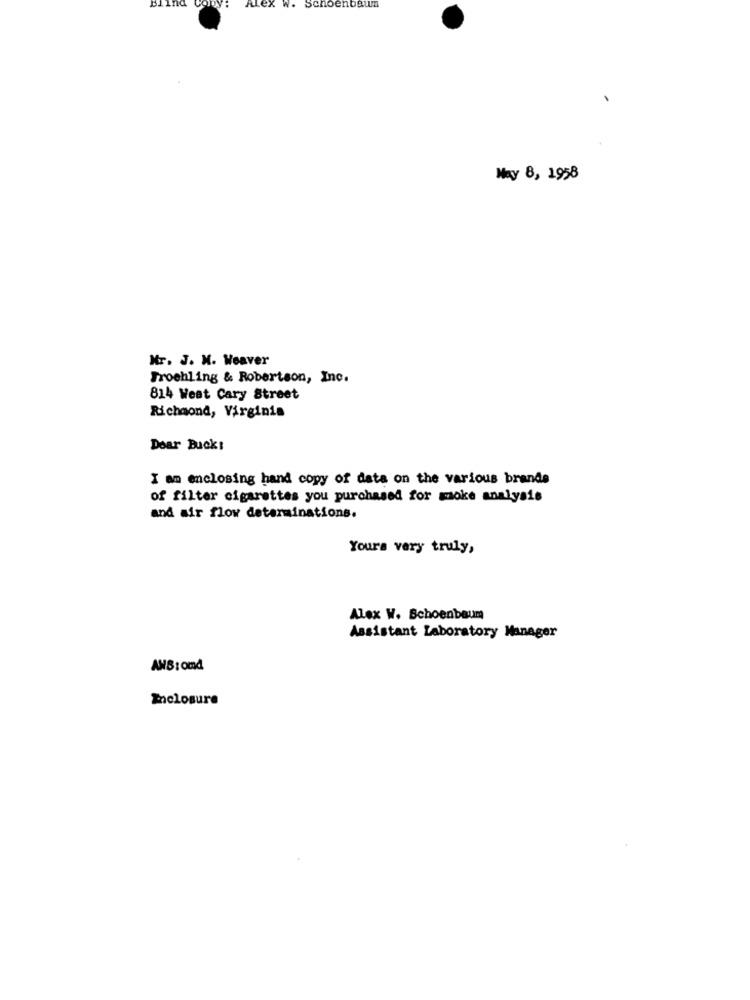
na CODy:
Alex w. Schoenbaum
May 8, 1958
Mr. J. M. Weaver
Froehling & Robertson, Inc.
814 West Cary Street
Richmond, Virginia
Doar Buck:
I am enclosing hand copy of data on the various brands
of filter cigarettes you purchased for moke analysis
and air flow determinations.
Yours very truly,
Alex W. Schoenbaum
Assistant Laboratory Manager
AMB:om4
Enclosure